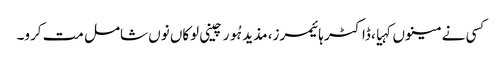
کسی نے مینوں کہیا، ڈاکٹر ہائیمرز، مذید ہُور چینی لوکاں نوں شامل مت کرو۔